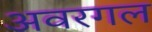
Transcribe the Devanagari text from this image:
अवरगल